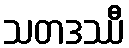
သတဒဿီ